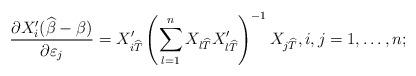
LaTeX: \begin{align*}\frac{\partial X_i'(\widehat\beta - \beta)}{\partial \varepsilon_j} = X_{i\widehat T}'\left(\sum_{l=1}^n X_{l\widehat T}X_{l\widehat T}'\right)^{-1}X_{j\widehat T},i,j=1,\dots,n;\end{align*}